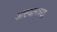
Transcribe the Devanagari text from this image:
आख्यानच्या